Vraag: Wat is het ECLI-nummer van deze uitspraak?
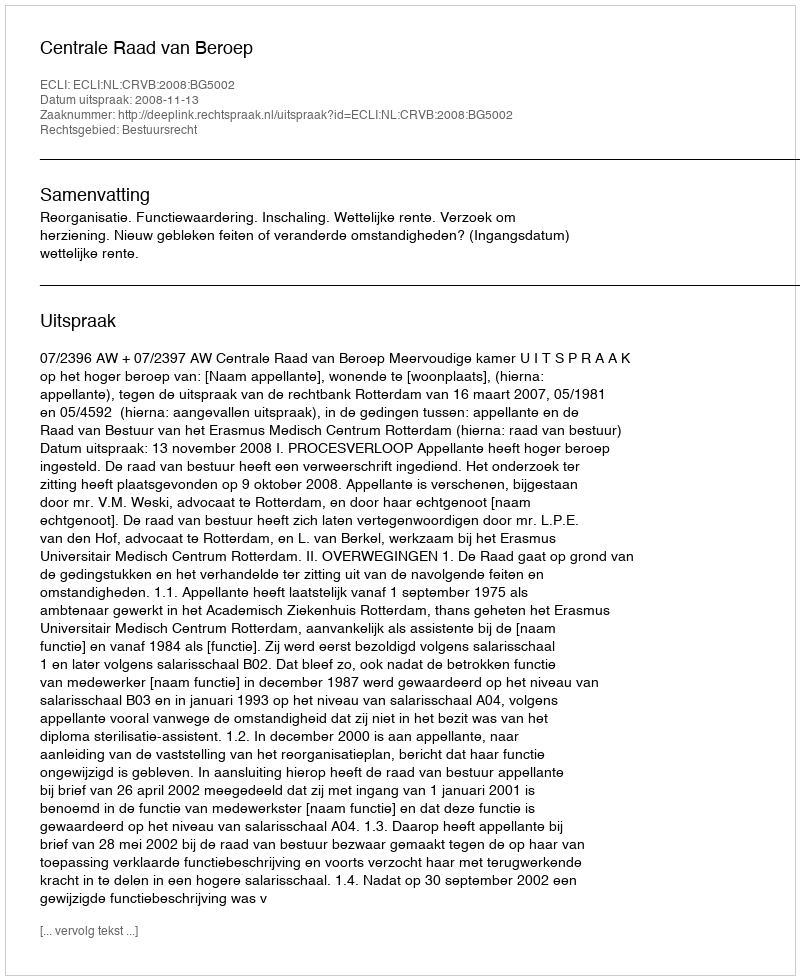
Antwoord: ECLI:NL:CRVB:2008:BG5002